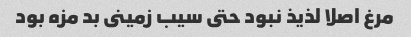
مرغ اصلا لذیذ نبود حتى سیب زمینى بد مزه بود